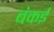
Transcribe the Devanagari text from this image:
बंकई